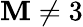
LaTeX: \mathbf{M}\neq3